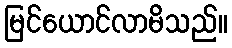
မြင်ယောင်လာမိသည်။